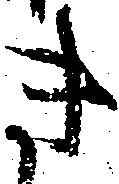
き